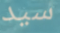
سيد